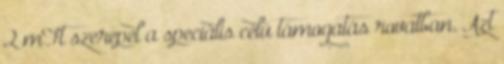
2 mFt szerepel a speciális célú támogatás rovatban. Azt